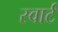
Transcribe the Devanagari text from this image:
स्वार्ट